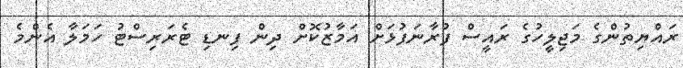
ރައްޔިތުންގެ މަޖިލީހުގެ ރައީސް ފުރާނަފުޅަށް އަމާޒުކޮށް ދިން ފިނޑި ޓެރަރިސްޓު ހަމަލާ އެންމެ